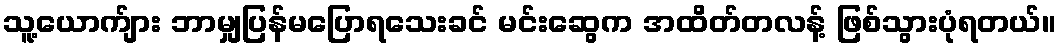
သူ့ယောက်ျား ဘာမျှပြန်မပြောရသေးခင် မင်းဆွေက အထိတ်တလန့် ဖြစ်သွားပုံရတယ်။